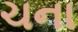
ચના